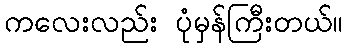
ကလေးလည်း ပုံမှန်ကြီးတယ်။